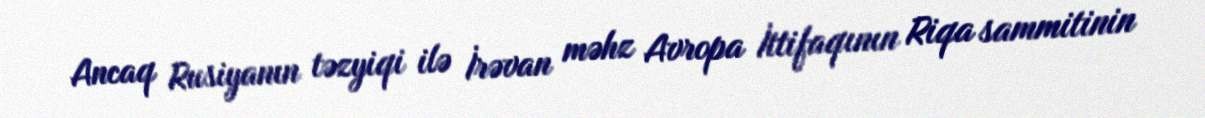
Ancaq Rusiyanın təzyiqi ilə İrəvan məhz Avropa İttifaqının Riqa sammitinin